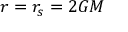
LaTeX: r = r _ { s } = 2 G M